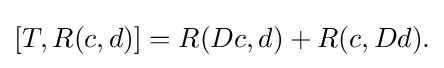
\displaystyle {[T,R(c,d)]=R(Dc,d)+R(c,Dd).}